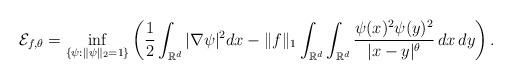
LaTeX: \begin{align*} {\cal E}_{f,\theta}= \inf_{\{\psi: \|\psi\|_2= 1\}}\left(\frac{1}{2}\int_{{\mathbb R}^d}|\nabla \psi|^2 dx-\|f\|_1\int_{{\mathbb R}^d}\int_{{\mathbb R}^d}\frac{\psi(x)^2 \psi(y)^2}{|x-y|^{\theta}}\,dx\,dy\right).\end{align*}